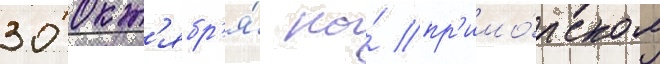
30 окт'ябр'я́ на́ пр'имо́рском